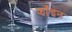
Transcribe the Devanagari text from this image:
झाँइन